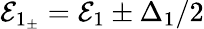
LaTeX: \mathcal{E}_{1_{\pm}}=\mathcal{E}_{1}\pm\Delta_{1}/2